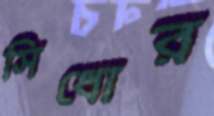
সিধোর